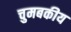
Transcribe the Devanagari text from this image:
चुमबकीय